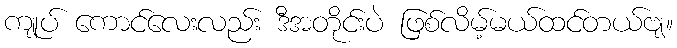
ကျုပ် ကောင်လေးလည်း ဒီအတိုင်းပဲ ဖြစ်လိမ့်မယ်ထင်တယ်ဗျ။